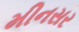
મીનસર